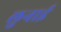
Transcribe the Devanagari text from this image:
लुनाई